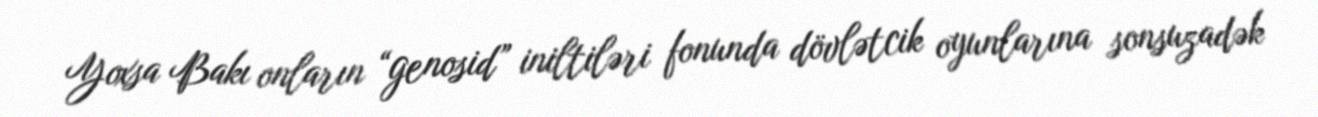
Yoxsa Bakı onların “genosid” iniltiləri fonunda dövlətcik oyunlarına sonsuzadək